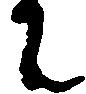
に